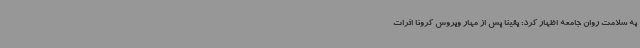
به سلامت روان جامعه اظهار کرد: یقینا پس از مهار ویروس کرونا اثرات